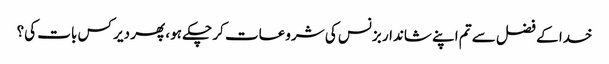
خدا کے فضل سے تم اپنے شاندار بزنس کی شروعات کر چکے ہو، پھر دیر کس بات کی؟